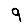
Digit: 9